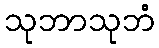
သုဘာသုဘံ